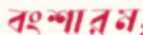
বংশারম